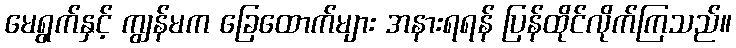
မေရွက်နှင့် ကျွန်မက ခြေထောက်များ အနားရရန် ပြန်ထိုင်လိုက်ကြသည်။